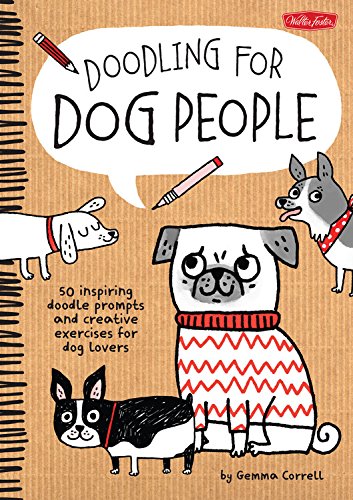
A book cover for Doodling for Dog People: 50 inspiring doodle prompts and creative exercises for dog lovers; Gemma Correll; Comics & Graphic Novels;